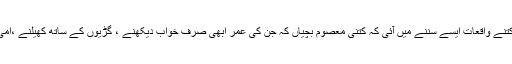
سال کے پہلے ماہ میں ہی نجانے کتنے واقعات ایسے سننے میں آئی کہ کتنی معصوم بچیاں کہ جن کی عمر ابھی صرف خواب دیکھنے ، گڑیوں کے ساتھ کھیلنے ،امی ابو سے اپنے لاڈ اٹھانے کی تھی۔